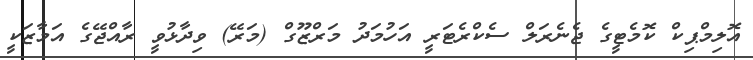
އޮލިމްޕިކް ކޮމެޓީގެ ޖެނެރަލް ސެކްރެޓަރީ އަހުމަދު މަރްޒޫގް (މަރޭ) ވިދާޅުވީ ރާއްޖޭގެ އަމާޒަކީ